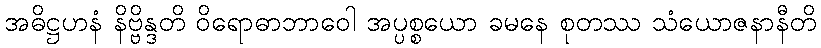
အဓိဋ္ဌဟနံ နိဗ္ဗိန္ဒတိ ဝိရောဓာဘာဝေါ အပ္ပစ္စယော ခမနေ စုတဿ သံယောဇနာနီတိ